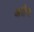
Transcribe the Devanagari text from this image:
अरीण